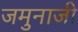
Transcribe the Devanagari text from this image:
जमुनाजी